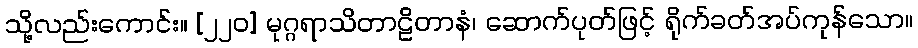
သို့လည်းကောင်း။ [၂၂၀] မုဂ္ဂရာသိတာဠိတာနံ၊ ဆောက်ပုတ်ဖြင့် ရိုက်ခတ်အပ်ကုန်သော။